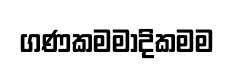
ගණකමමාදිකමම